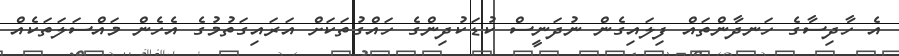
އެ ހާދިސާގެ ހަނދާންތައް ފިލައިގެން ނުދަނީސް ކުޑަކުދިންގެ ހައްގުތަކަށް އަރައިގަތުމުގެ އެހެން މައްސަލަތަކެއް